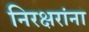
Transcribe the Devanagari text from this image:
निरक्षरांना